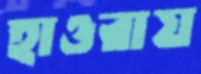
হাওরায়